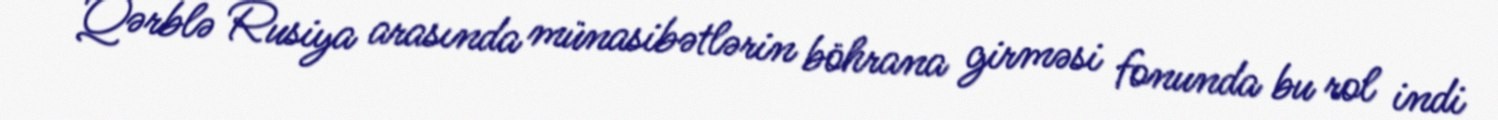
Qərblə Rusiya arasında münasibətlərin böhrana girməsi fonunda bu rol indi